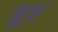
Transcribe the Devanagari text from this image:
वुउ